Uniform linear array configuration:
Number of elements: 16
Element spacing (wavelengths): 1
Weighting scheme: binomial
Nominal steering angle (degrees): -60
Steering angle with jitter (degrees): -59.093
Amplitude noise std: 0.05
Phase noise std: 0.05

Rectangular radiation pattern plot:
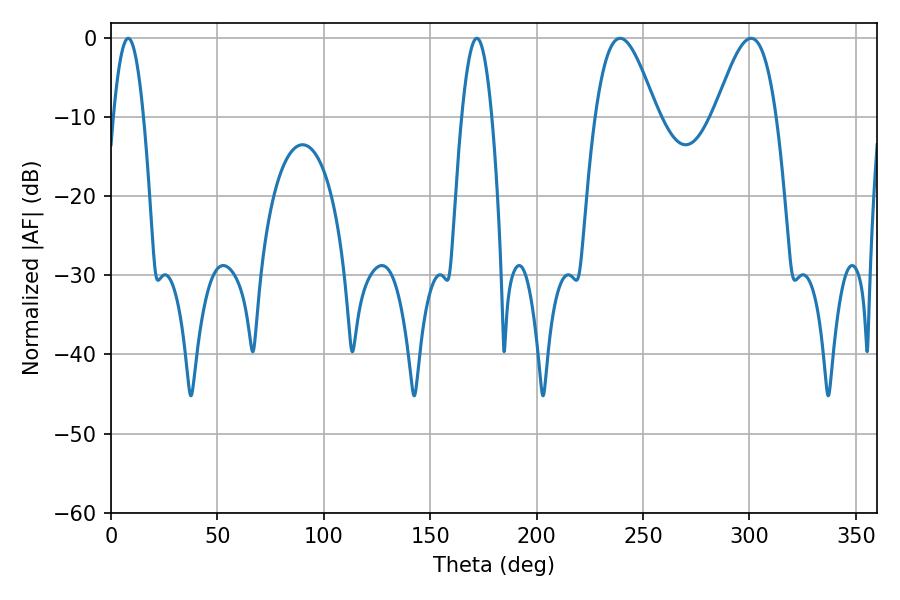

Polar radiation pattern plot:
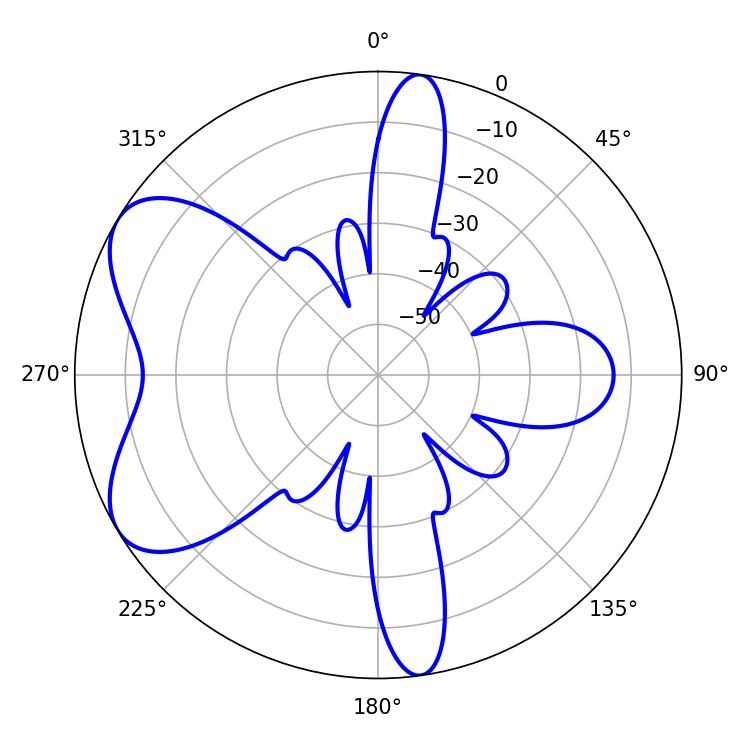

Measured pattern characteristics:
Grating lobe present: TRUE
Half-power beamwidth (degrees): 15.48
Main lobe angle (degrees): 239.22